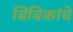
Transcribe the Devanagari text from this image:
बिंबिकांचे